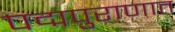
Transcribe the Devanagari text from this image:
पद्मपुराणात